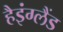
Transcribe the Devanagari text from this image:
हैइंग्लैंड